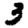
Digit: 3